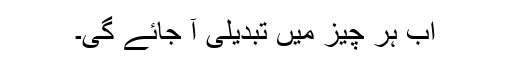
اب ہر چیز میں تبدیلی آ جائے گی۔